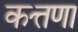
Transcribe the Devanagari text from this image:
कत्तणा